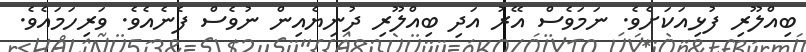
ބިއްލޫރި ފުޅިއަކަށެވެ. ނަމަވެސް އޭރު އަދި ބިއްލޫރި ދުނިޔެއިން ނުވެސް ފެނެއެވެ. ވަރިހަމައެވެ.